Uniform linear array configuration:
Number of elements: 16
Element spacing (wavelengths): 0.5
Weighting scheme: hann
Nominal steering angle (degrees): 0
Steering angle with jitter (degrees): -0.3047
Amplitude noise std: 0.05
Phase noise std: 0.05

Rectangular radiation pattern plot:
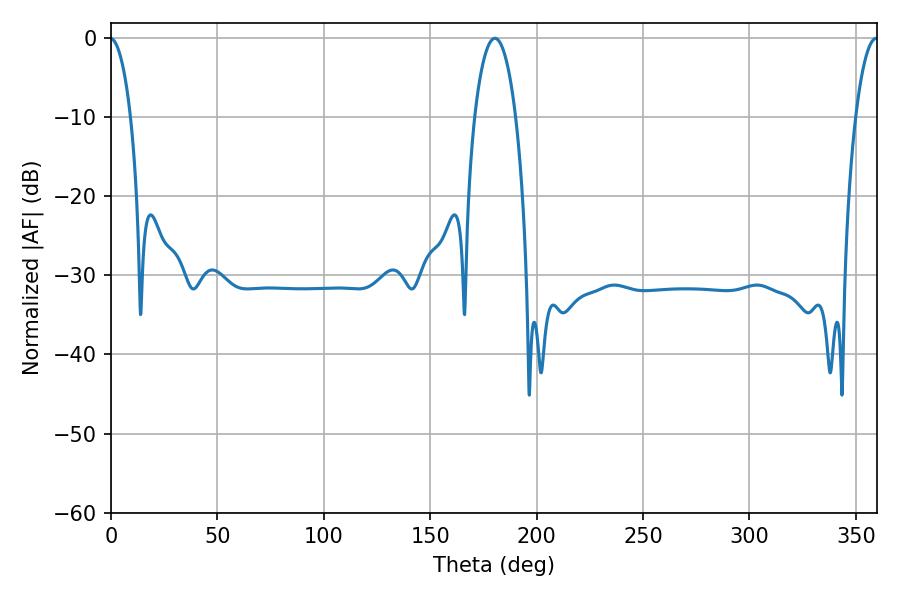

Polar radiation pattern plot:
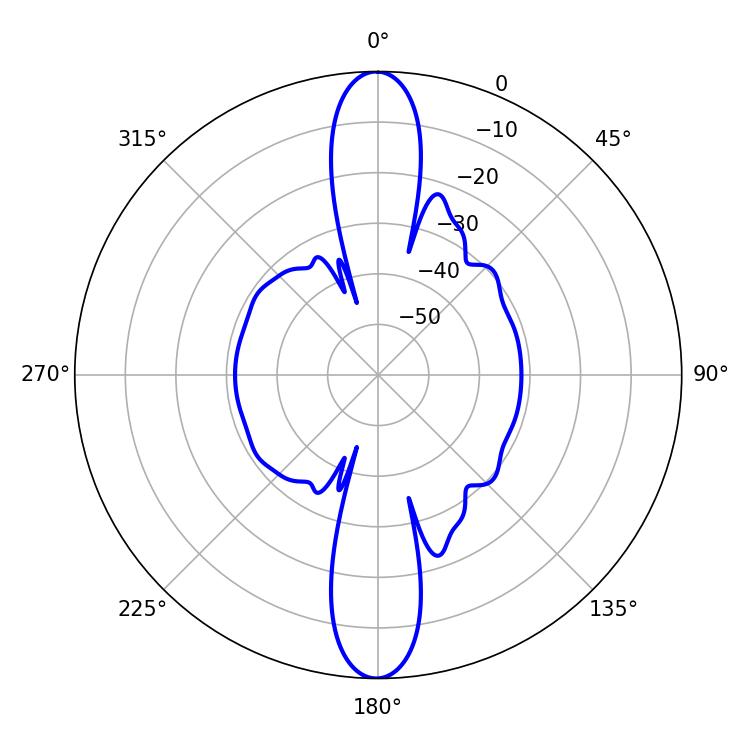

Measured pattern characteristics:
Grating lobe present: FALSE
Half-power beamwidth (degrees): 10.8
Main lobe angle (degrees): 180.36